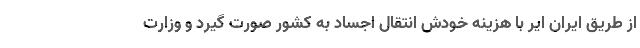
از طریق ایران ایر با هزینه خودش انتقال اجساد به کشور صورت گیرد و وزارت